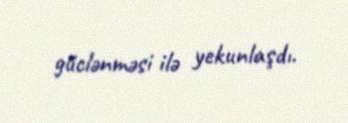
güclənməsi ilə yekunlaşdı.